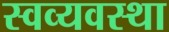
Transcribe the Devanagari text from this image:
स्वव्यवस्था